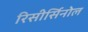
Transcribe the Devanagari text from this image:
रिसीर्सिनोल